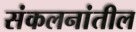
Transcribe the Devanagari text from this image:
संकलनांतील